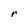
Character: r